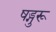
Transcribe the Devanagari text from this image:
षड्गुरू